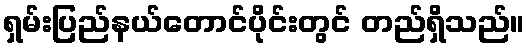
ရှမ်းပြည်နယ်တောင်ပိုင်းတွင် တည်ရှိသည်။